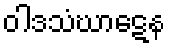
ဝါဒသံဃာဋေန